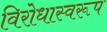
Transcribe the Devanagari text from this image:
विरोधास्वरूप